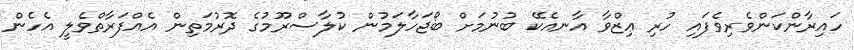
ހައިރާންކަންވެރިވެފައި ހުރި ޢިޒްވާ އާނއެކޭ ބުނުމަށް ބޯޖަހާލަމުން ކުލާސްރޫމުގެ ދޮރުމަތިން އެއްފަރާތްވެލީ އެހެން